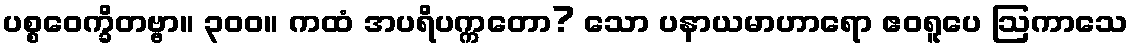
ပစ္စဝေက္ခိတဗ္ဗာ။ ၃၀၀။ ကထံ အပရိပက္ကတော? သော ပနာယမာဟာရော ဧဝရူပေ ဩကာသေ